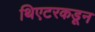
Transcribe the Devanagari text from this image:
थिएटरकडून